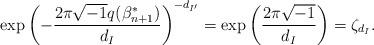
LaTeX: \begin{align*}\exp\left(-\frac{2\pi\sqrt{-1}q(\beta^{*}_{n+1})}{d_{I}}\right)^{-d_{I'}}=\exp\left(\frac{2\pi\sqrt{-1}}{d_{I}}\right)=\zeta_{d_{I}}.\end{align*}